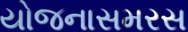
યોજનાસમરસ